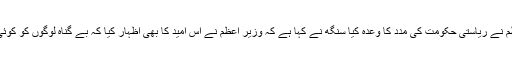
اُنھوں نے کہا کہ تناؤ میں کمی لانے کے لیے وزیر اعظم نے ریاستی حکومت کی مدد کا وعدہ کیا سنگھ نے کہا ہے کہ وزیر اعظم نے اس امید کا بھی اظہار کیا کہ بے گناہ لوگوں کو کوئی نقصان نہیں پہنچے گا یا اُنھیں کوئی زخمت نہیں ہوگی۔